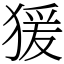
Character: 猨